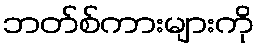
ဘတ်စ်ကားများကို